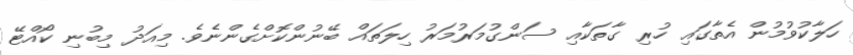
ހަލާކުވުމުން އެތާގައި ހުރި ގާތަކާއި ސަންގުމަރުމަރު ހިލަތައް ބޭނުންކޮށްގެންނެވެ. މިއަދު މިބުނި ކޯއްޓޭ